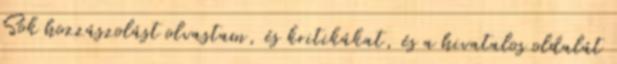
Sok hozzászolást olvastam, és kritikákat, és a hivatalos oldalát